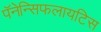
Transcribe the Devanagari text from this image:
पॅनेन्सिफलायटिस